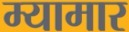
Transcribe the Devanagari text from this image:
म्यामार